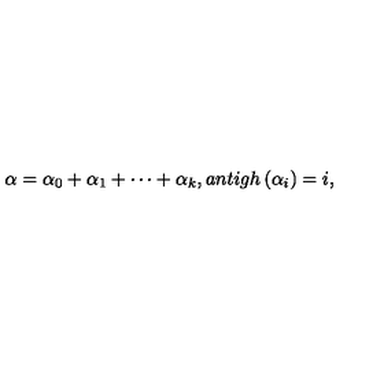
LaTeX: \alpha = \alpha _ { 0 } + \alpha _ { 1 } + \cdots + \alpha _ { k } , a n t i g h \left( \alpha _ { i } \right) = i ,